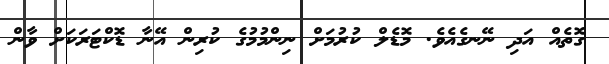
ގޮތެއް އަދި ނޭނގެއެވެ. މޮޑެލް ކުރުމަށް ނިންމުމުގެ ކުރިން އޭނާ ޑޮކްޓަރަކަށް ވާން